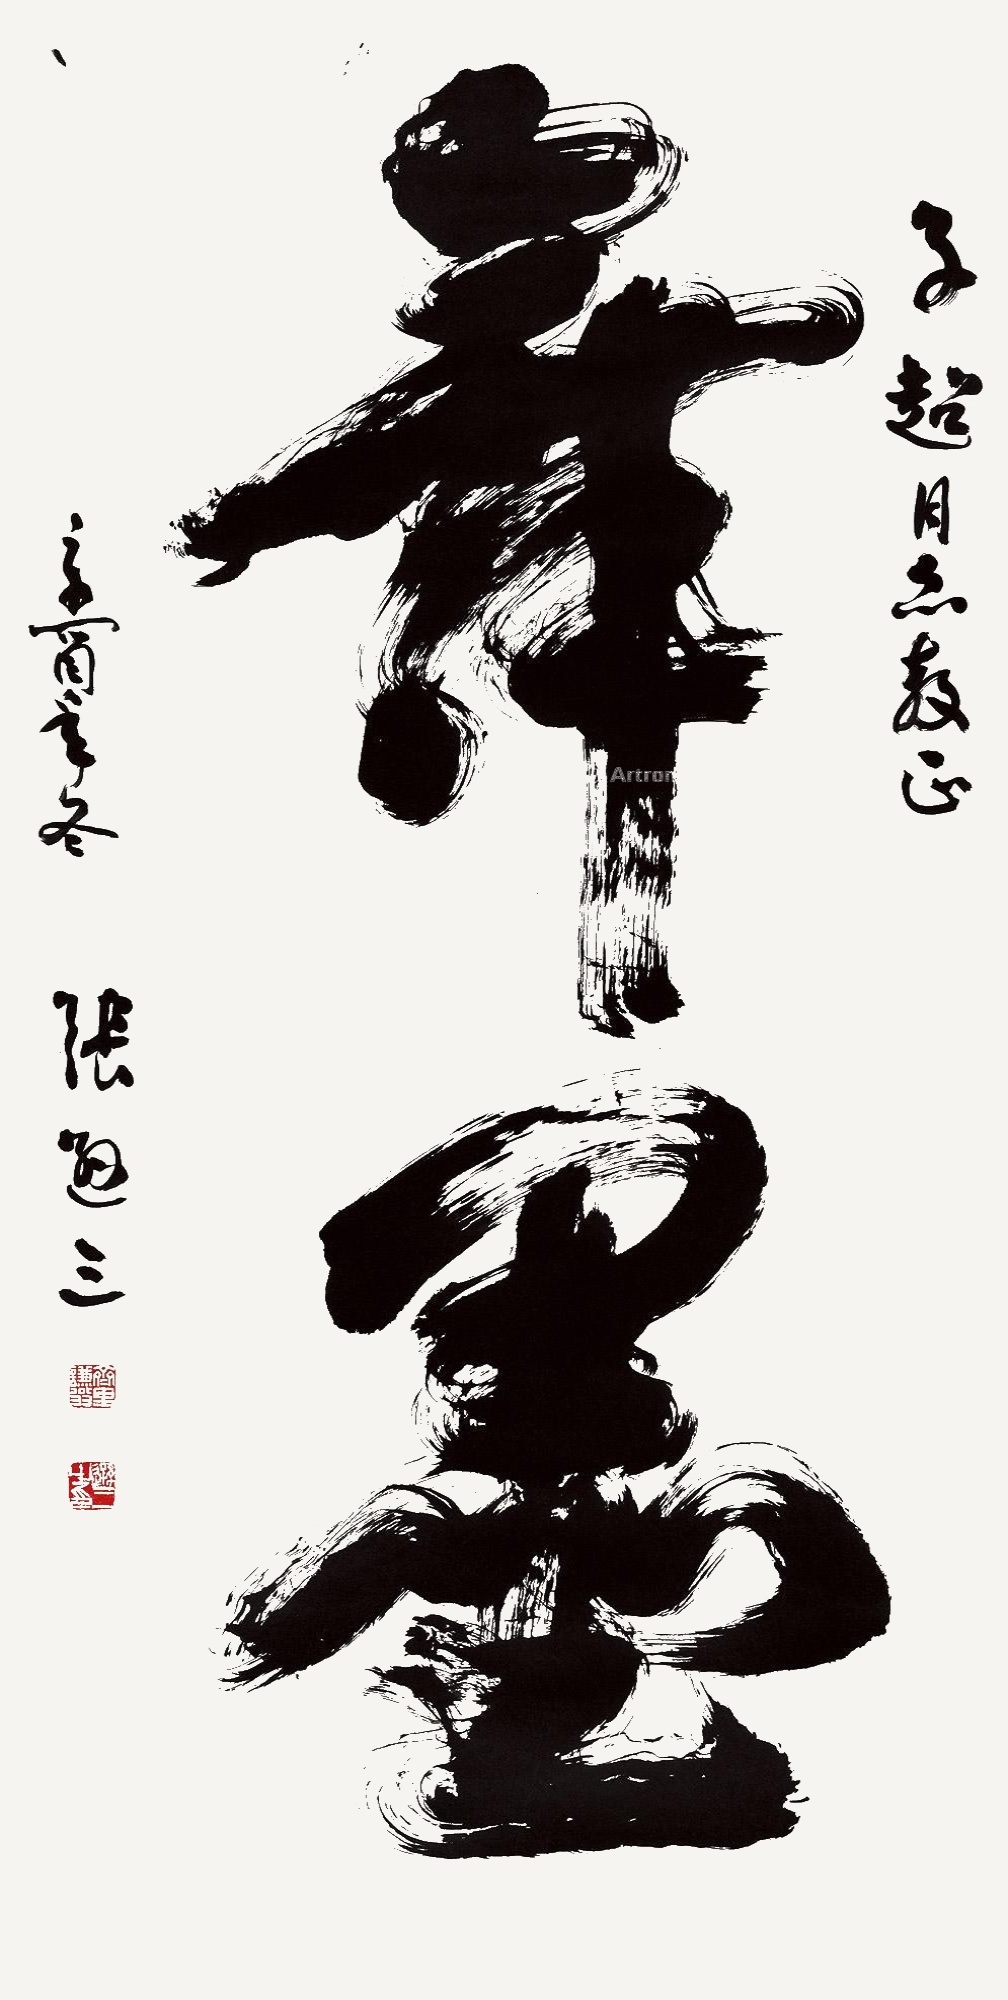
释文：舞墨。子超同志教正，辛酉年冬，张逊三。